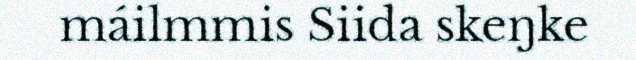
máilmmis Siida skeŋke